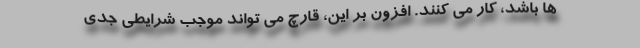
ها باشد، کار می کنند. افزون بر این، قارچ می تواند موجب شرایطی جدی